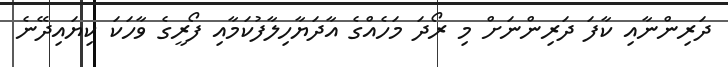
ދަރިންނާއި ކާފަ ދަރިންނަށް މި ރޯދަ މަހެއްގެ އާދަޔާހިލާފުކަމާއި ފޯރީގެ ވާހަކަ ކިޔައިދޭނެ